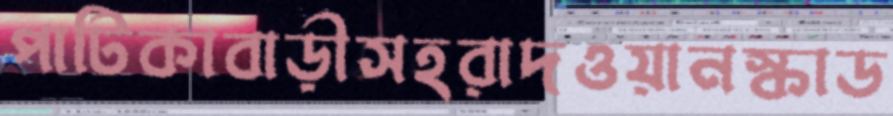
পাটিকাবাড়ীসহরাদওয়ানস্কাড